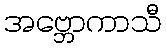
အဗ္ဘောကာသီ